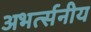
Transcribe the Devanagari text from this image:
अभर्त्सनीय